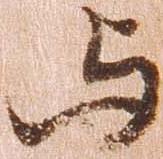
与